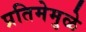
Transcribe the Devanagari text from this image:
प्रतिमेमुळे